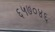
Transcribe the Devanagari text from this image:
६५७०४६